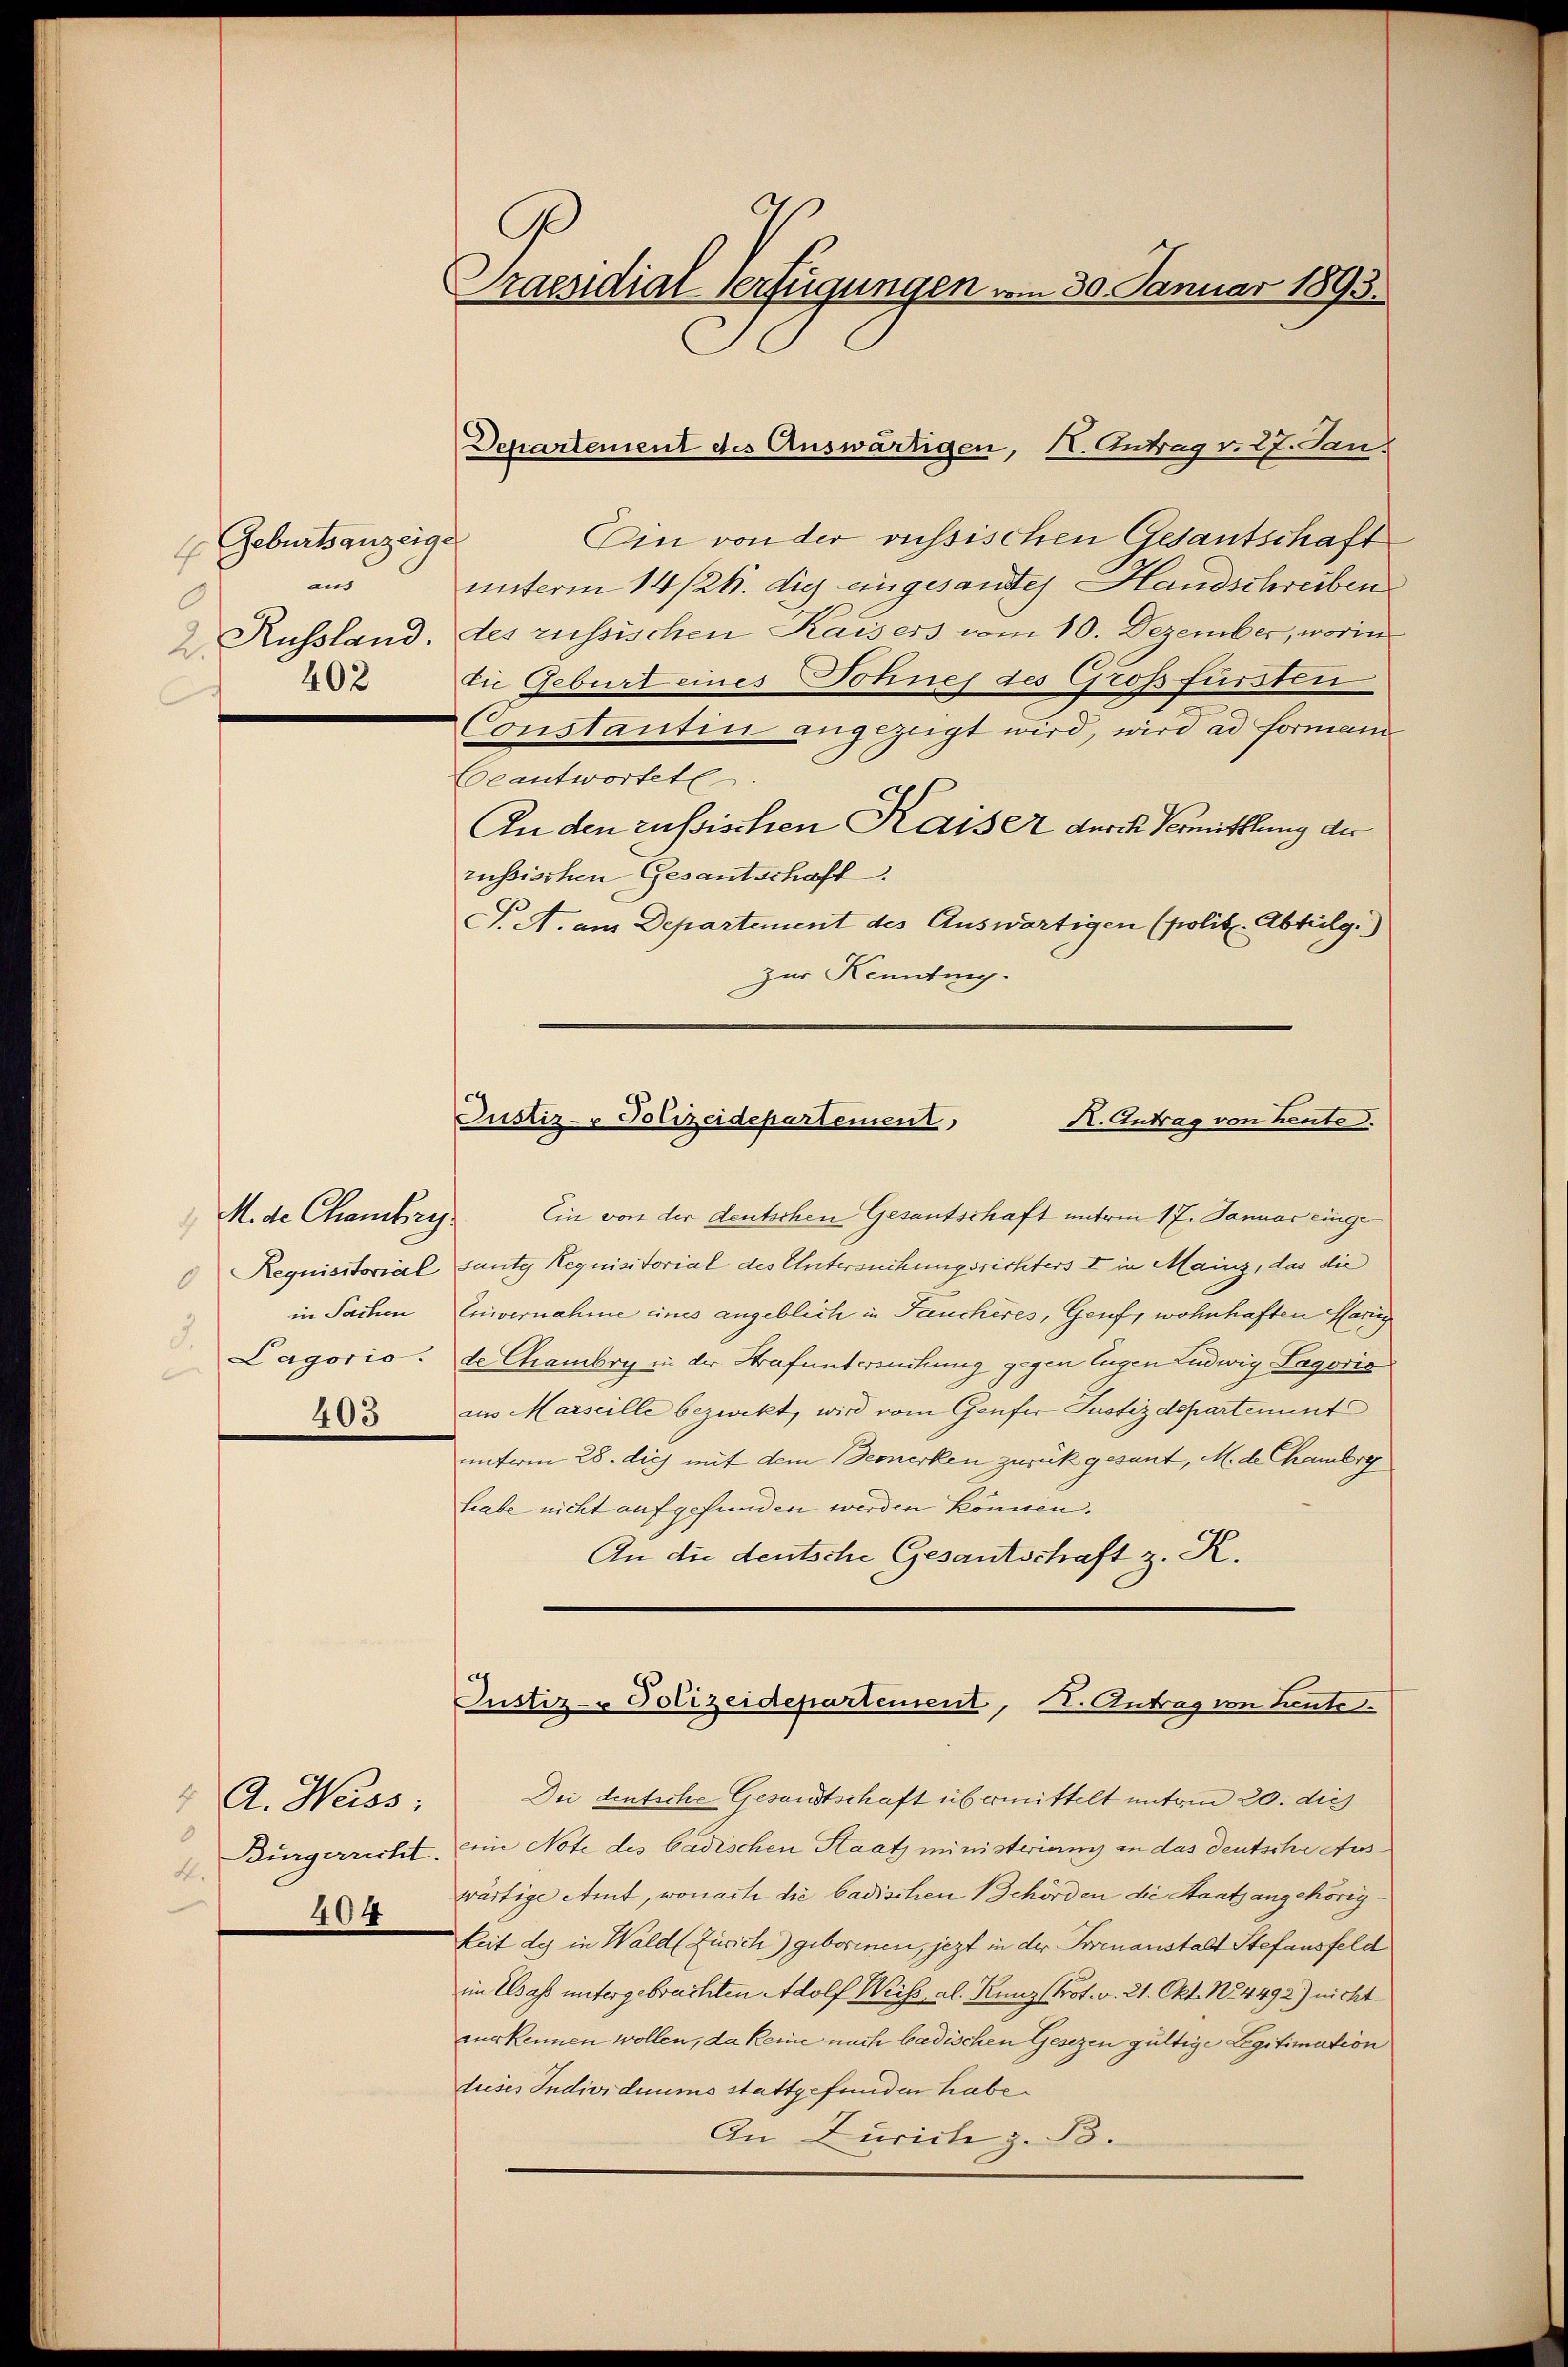
Geburtsanzeig
E
aus
Russland
2.
402

M. de Chambry.
Requisitorial
d
in Sachen
Lagorio.
e
403

A. Heiss,
0
Bürgerricht.
4.
404

Praendial Verfügungen vom 30. Januar 1893.

Departement des Auswärtigen, I. Antrag v. 27. Jan.
f
Ein von der russischen Gesandtschaft
unterm 14/26. die eingesandtes Handschreiben
des russischen Kaisers vom 10. Dezember, worin
die Geburt eines Sohnes des Großfürsten
Constantin angezeigt wird, wird ad formani
Beantwortete
An den russischen Kaiser durch Vermittlung der
russischen Gesantschaft
F. A. am Departement des Auswärtigen (polit. Abteilg.)
zur Kennting.
Ein von der deutschen Gesantschaft unterm 17. Januar einge
sunter Requisitorial des Untersuchungsrichters I in Mainz, das die
Enivernahme eines angeblich in Feuchères, Genf, wohnhaften Marig
de Chambri in der Strafuntersuchung gegen Eugen Ludwig Lagoris
ius Marseille bezweckt, wird vom Genfer Justizdepartement
unterm 28. die mit dem Bemerken zurück gesant, M. de Chambre
trabe nicht aufgefunden werden können.
An die deutsche Gesantschaft z. R.
Justiz- Polizeidepartement, I. Antrag von Leute
Dee deutsche Gesandtschaft übermittelt unterm 20. die
eine Note des badischen Staat ministeriums an das deutsche Aus
wärtige Amt, wonach die badischen Behörden die Staatsangehörigkeit des in Wald (Zürich) geborenen, jezt in der Grenanstalt Stefansfeld
im Elsass untergebrachten Adolf Weiss, als Kunz (Prot. v. 21. Okt. N84492) nicht
vurkennen wollen, da keine nach badischen Gesezen gültige Legitimation
dieses Individuums stattgefunden habe.
An Zürich z. B.

K. Antrag von heute.
Justiz- & Polizeidepartement,